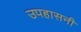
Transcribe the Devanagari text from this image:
उपहासनी